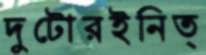
দুটোরইনিত্